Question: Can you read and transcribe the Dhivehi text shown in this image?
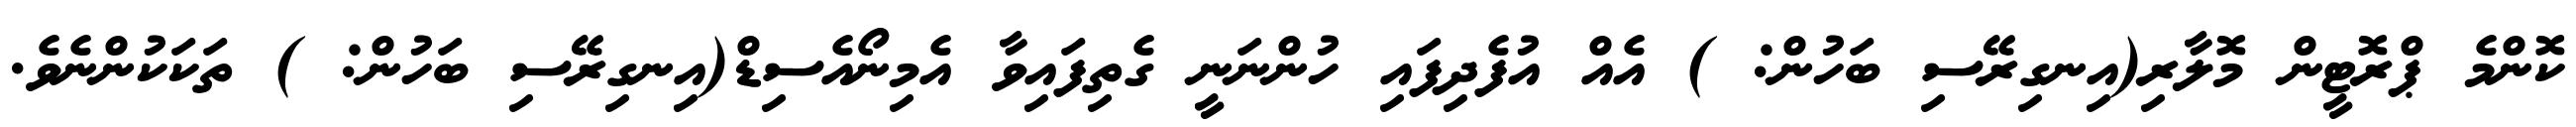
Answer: ކޮންމެ ޕްރޮޓީން މޮލާރި(އިނގިރޭސި ބަހުން: ) އެއް އުފެދިފައި ހުންނަނީ ގެތިފައިވާ އެމިނޯއެސިޑް(އިނގިރޭސި ބަހުން: ) ތަކަކުންނެވެ.